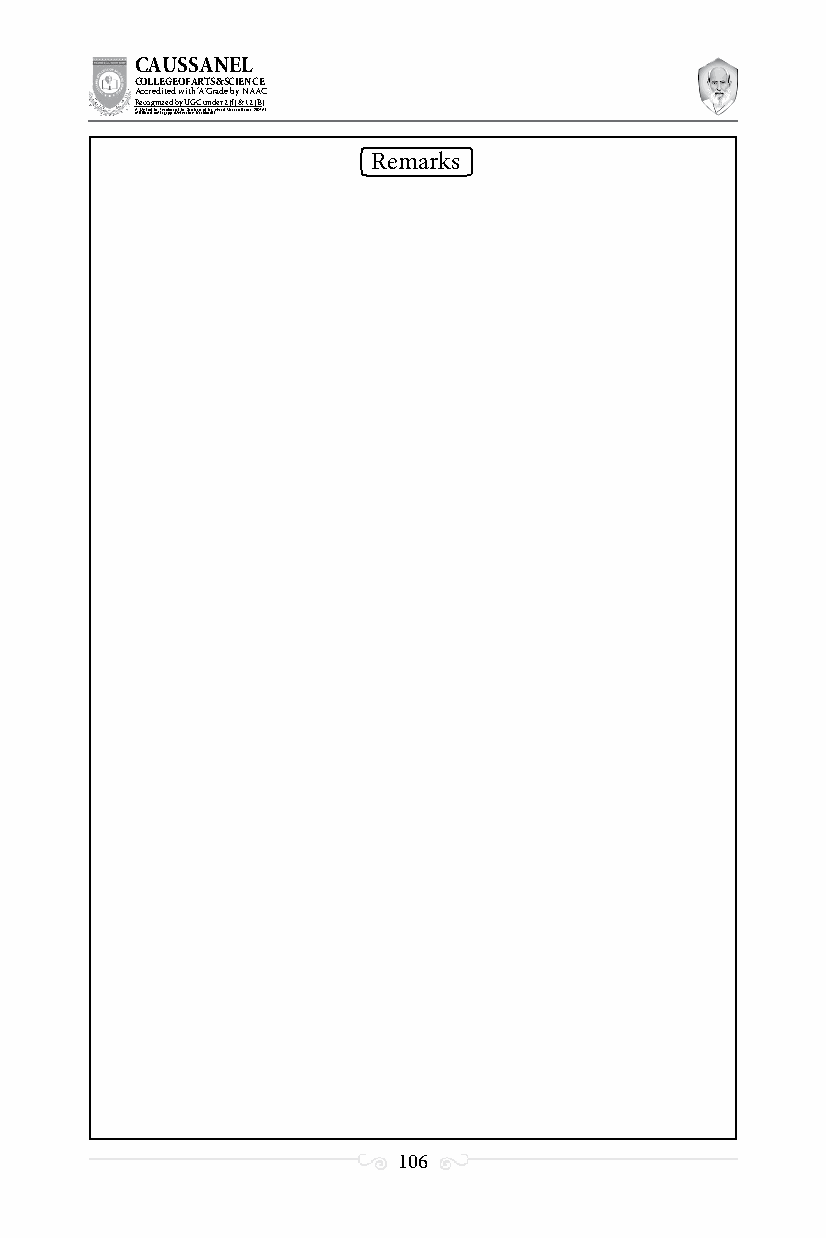
CAUSSANEL
 COLLEGE OF ARTS & SCIENCE
 Accredited with ‘A’ Grade by NAAC
 Recognized by UGC under 2 (f) & 12 (B)
 ((AA fUfilniaitt eodf ttoh eA Ilnasgtaitpuptae oUfn tihvee rBsirtoy,t hKerasr aoifk uthdei )S acred Heart of Jesus, INDIA)
 Remarks
 106